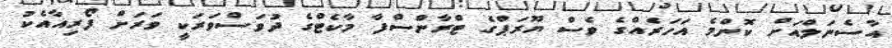
އާސެނަލްއަށް ކޮންމެ އަހަރެއްގެ ވެސް ޔޫރަޕްގެ ޓްރާންސްފާ މާކެޓްގެ ދުވަސްވަރަކީ ވަރަށް ފޯރިއާއެކު